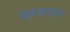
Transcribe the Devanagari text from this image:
प्रहसनांत